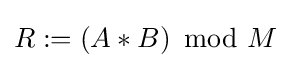
R:=\left(A*B\right){\text{ mod }}M